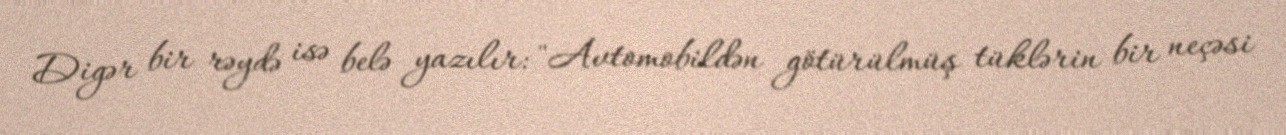
Digər bir rəydə isə belə yazılır: "Avtomobildən götürülmüş tüklərin bir neçəsi